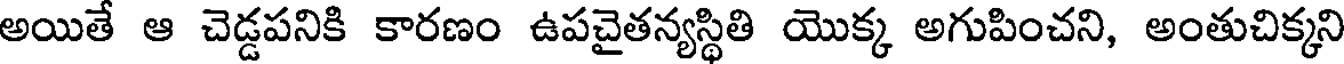
అయితే ఆ చెడ్డపనికి కారణం ఉపచైతన్యస్థితి యొక్క అగుపించని, అంతుచిక్కని